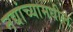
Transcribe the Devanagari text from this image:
नद्यांच्यामधील